Vaccination in Bombay 1874-1876 - 1874-1876
Year: 1874
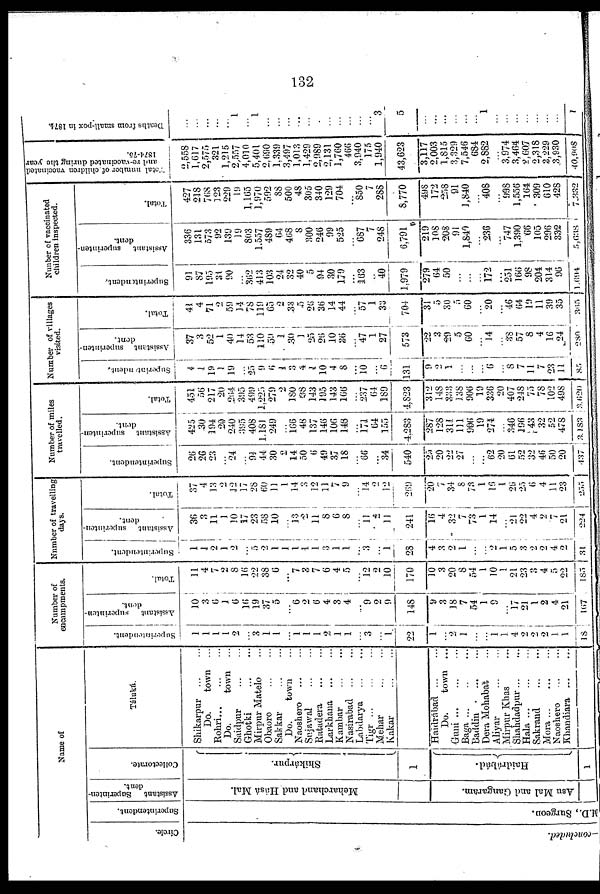
132
Name of
Circle.
-concluded.
Superintendent.
M.D., Surgeon.
Assistant Superinten-
dent.
Meharchand and Hásá Mal.
Asu Mal and Gangaram.
Collectorate.
Shikárpur.
1
Haidrábád.
1
Táluká.
Shikarpur ... ...
Do.
town ...
Rohri ... ... ...
Do.
town ...
Saidpur
...
...
Ghotki
...
...
Mirpur Matelo ...
Obaoro
...
...
Sakkar
...
...
Do.
town ...
Naoshero
...
...
Sujawal
...
...
Ratadera
...
...
Larkhana
...
...
Kambar
...
...
Nasirabad
...
...
Labdarya
...
...
Tigr
...
...
...
Mehar ... ...
Kakar
...
...
Haidrábad
...
...
Do.
town ...
Guni
...
...
...
Baga ... ... ...
Baddin
...
...
Dera Mohabat ...
Aliyar
...
...
Mirpur Khas ...
Shahdadpur ... ...
Hala
...
...
...
Sakrand
...
...
Mora
...
...
...
Naoshero ... ...
Khandiara ... ...
Number of
encampments.
Superintendent.
1
1
1
1
2
...
3
1
1
...
1
1
1
2
1
1
...
3
...
1
22
1
...
2
1
...
...
1
1
4
2
2
2
1
1
18
Assistant superinten-
dent.
10
3
6
1
6
16
19
37
5
...
6
2
6
4
3
4
...
9
2
9
148
9
3
18
7
54
1
9
...
17
21
1
2
4
21
167
Total.
11
4
7
2
8
16
22
38
6
...
7 3
7
6
4
5
...
12
2
10
170
10
3
20
8
54
1
10
1
21
23
3
4
5
22
185
Number of travelling
days.
Superintendent.
1
1
2
1
2
...
5
2
1
1
1
1
1
3
1
1
...
3
...
1
28
4
3
2
1
...
...
2
1
5
3
2
2
4
2
31
Assistant
superinten-
dent.
36
3
11
1
10
17
23
58
10
...
13
2
11
8
6
8
...
11
2
11
241
16
4
32
7
73
1
14
...
21
22
4
2
7
21
224
Total.
37
4
13
2
12
17
28
60
11
1
14
3
12
11
7
9
...
14
2
12
269
20
7
34
8
73
1
16
1
26
25
6
4
11
23
255
Number of miles
travelled.
Superintendent.
26
26
23
...
24
...
91
44
30
2
14
50
6
49
37
18
...
66
...
34
540
25
20
22
27
...
...
62
20
61
52
32
46
50
20
437
Assistant superinten-
dent.
425
30
194
20
240
395
408
1,181
249
...
166
48
137
146
106
148
...
171
64
155
4,283
287
128
311
111
906
19
274
...
346
196
43
32
52
478
3,183
Total.
451
56
217
20
264
395
499
1,225
279
2
180
68
143
195
143
166
...
237
64
189
4,823
312
148
333
138
906
19
336
20
407
248
75
78
102
498
3,620
Number of villages
visited.
Superintendent.
4
1
19
1
19
...
25
9
6
1
3
4
1
10
4
8
...
10
...
6
131
9
2
1
...
...
...
6
...
8
7
11
7
23
11
85
Assistant superinten-
dent.
37
3
52
1
40
14
53
110
59
1
30
1
25
26
10
36
...
47
1
27
573
22
3
29
5
60
...
14
... 38
57
8
4
16
24
280
Total.
41
4
71
2
59
14
78
119
65
2
33
5
26
36
14
44
...
57
1
33
704
31
5
30
5
60
...
20
...
46
64
19
11
39
35
365
Number of vaccinated
children inspected.
Superintendent.
91
87
195
31
90
...
362
413
103
24
32
40
5
94
30
179
...
163
...
40
1,979
279
64
50
...
...
...
172
...
251
166
98
204
314
96
1,694
Assistant superinten-
dent.
336
131
573
92
139
19
803
1,557
489
64
468
8
300
246
99
525
...
687
7
248
6,791
219
108
208
91
1,840
...
236
...
747
1,390
66
105
296
332
5,638
Total.
427
218
768
123
229
19
1,165
1,970
592
88
500
48
305
340
129
704
...
850
7
288
8,770
498
172
258
91
1,840
...
408
...
998
1,556
164
309
610
428
7,332
Total number of children vaccinated
and re-vaccinated during the year
1874-75.
2,558
1,617
2,575
321
1,215
2,557
4,010
5,401
2,690
1,339
3,497
1,013
1,429
2,989
2,131
1,760
466
3,940
175
1,940
43,623
3,117
2,003
1,815
3,329
7,546
684
2,882
...
3,974
3,464
2,607
2,318
3,229
3,930
40,908
Deaths from small-pox in 1874.
...
...
...
...
...
1
...
1
...
...
...
...
...
...
...
...
...
...
...
3
5
...
...
...
...
...
...
1
...
...
...
...
...
...
...
1